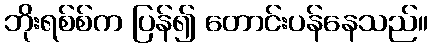
ဘိုးရစ်စ်က ပြန်၍ တောင်းပန်နေသည်။